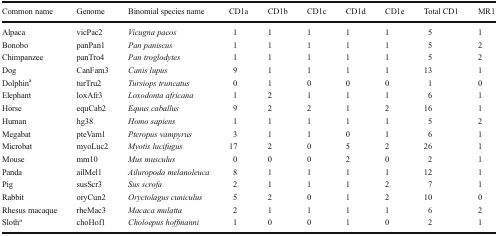
| Common name | Genome | Binomial species name | CD1a | CD1b | CD1c | CD1d | CD1e | Total CD1 | MR1 |
 | --- | --- | --- | --- | --- | --- | --- | --- | --- | --- |
 | Alpaca | vicPac2 | Vicugna pacos | 1 | 1 | 1 | 1 | 1 | 5 | 1 |
 | Bonobo | panPan1 | Pan paniscus | 1 | 1 | 1 | 1 | 1 | 5 | 2 |
 | Chimpanzee | panTro4 | Pan troglodytes | 1 | 1 | 1 | 1 | 1 | 5 | 2 |
 | Dog | CanFam3 | Canis lupus | 9 | 1 | 1 | 1 | 1 | 13 | 1 |
 | Dolphina | turTru2 | Tursiops truncatus | 0 | 1 | 0 | 0 | 0 | 1 | 0 |
 | Elephant | loxAfr3 | Loxodonta africana | 1 | 2 | 1 | 1 | 1 | 6 | 1 |
 | Horse | equCab2 | Equus caballus | 9 | 2 | 2 | 1 | 2 | 16 | 1 |
 | Human | hg38 | Homo sapiens | 1 | 1 | 1 | 1 | 1 | 5 | 2 |
 | Megabat | pteVam1 | Pteropus vampyrus | 3 | 1 | 1 | 0 | 1 | 6 | 1 |
 | Microbat | myoLuc2 | Myotis lucifugus | 17 | 2 | 0 | 5 | 2 | 26 | 1 |
 | Mouse | mm10 | Mus musculus | 0 | 0 | 0 | 2 | 0 | 2 | 1 |
 | Panda | ailMel1 | Ailuropoda melanoleuca | 8 | 1 | 1 | 1 | 1 | 12 | 1 |
 | Pig | susScr3 | Sus scrofa | 2 | 1 | 1 | 1 | 2 | 7 | 1 |
 | Rabbit | oryCun2 | Oryctolagus cuniculus | 5 | 2 | 0 | 1 | 2 | 10 | 0 |
 | Rhesus macaque | rheMac3 | Macaca mulatta | 2 | 1 | 1 | 1 | 1 | 6 | 2 |
 | Slotha | choHof1 | Choloepus hoffmanni | 1 | 0 | 0 | 1 | 0 | 2 | 1 |